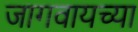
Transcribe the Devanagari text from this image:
जागवायच्या